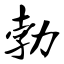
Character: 勃